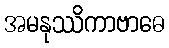
အမနုဿိကာဗာဓေ